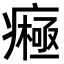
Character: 𤺷